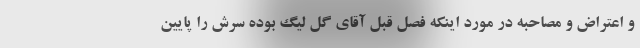
و اعتراض و مصاحبه در مورد اینکه فصل قبل آقای گل لیگ بوده سرش را پایین